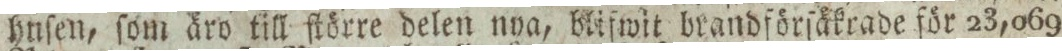
hnſen, ſom äro till ſtörre delen nya, blifwit brandförſäkrade för 23,069